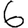
Digit: 6